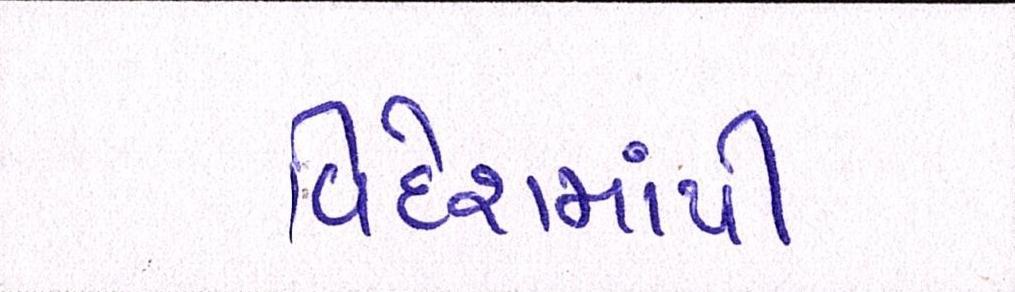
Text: વિદેશમાંથી